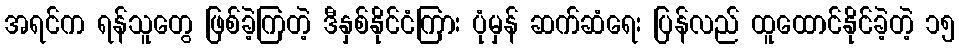
အရင်က ရန်သူတွေ ဖြစ်ခဲ့ကြတဲ့ ဒီနှစ်နိုင်ငံကြား ပုံမှန် ဆက်ဆံရေး ပြန်လည် ထူထောင်နိုင်ခဲ့တဲ့ ၁၅